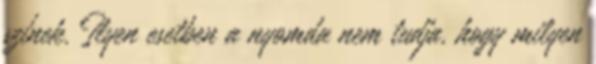
színek. Ilyen esetben a nyomda nem tudja, hogy milyen